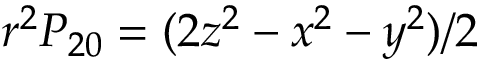
r ^ { 2 } P _ { 2 0 } = ( 2 z ^ { 2 } - x ^ { 2 } - y ^ { 2 } ) / 2